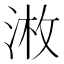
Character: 𱦲